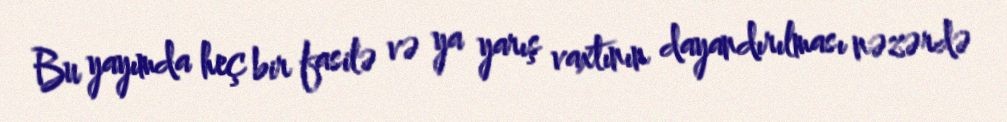
Bu yayımda heç bir fasilə və ya yarış vaxtının dayandırılması nəzərdə